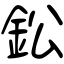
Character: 鈆